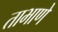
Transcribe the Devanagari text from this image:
ताभाणे